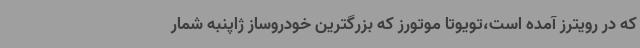
که در رویترز آمده است،تویوتا موتورز که بزرگترین خودروساز ژاپنبه شمار